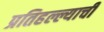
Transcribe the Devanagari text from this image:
प्रतिहल्ल्याची